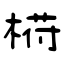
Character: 﨓